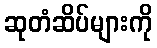
ဆုတံဆိပ်များကို